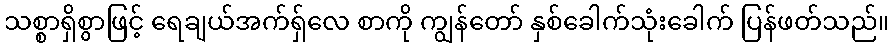
သစ္စာရှိစွာဖြင့် ရေချယ်အက်ရှ်လေ စာကို ကျွန်တော် နှစ်ခေါက်သုံးခေါက် ပြန်ဖတ်သည်။